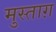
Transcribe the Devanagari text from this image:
मुस्ताग़